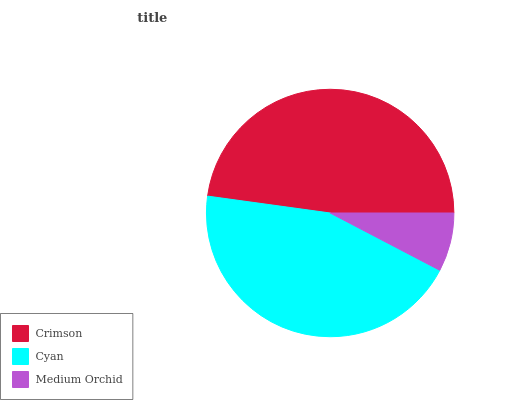
| Crimson | Cyan | Medium Orchid |
 | --- | --- | --- |
 | 47.8% | 44.6% | 7.66% |